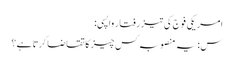
امریکی فوج کی تیز رفتار واپسی:
س: یہ منصوبہ کس چیز کا تقاضا کرتا ہے؟